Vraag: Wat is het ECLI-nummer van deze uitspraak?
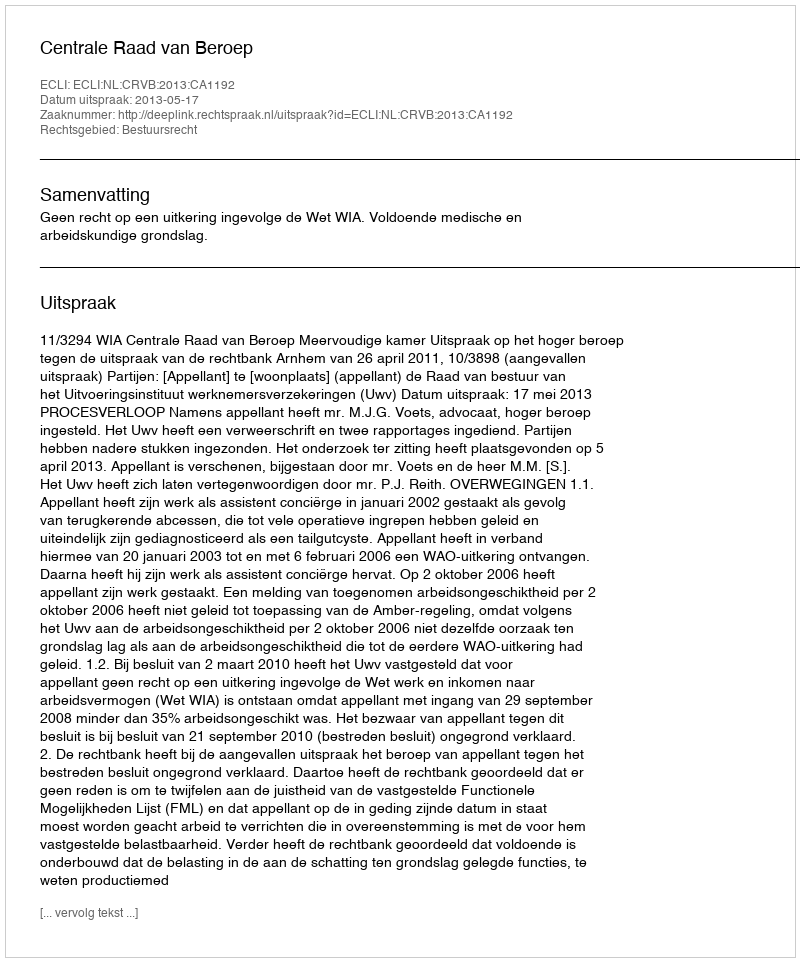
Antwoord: ECLI:NL:CRVB:2013:CA1192